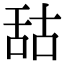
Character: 𦧒